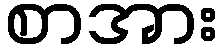
စာအား